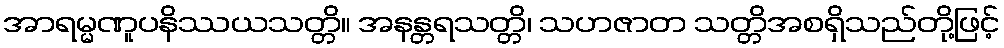
အာရမ္မဏူပနိဿယသတ္တိ။ အနန္တရသတ္တိ၊ သဟဇာတ သတ္တိအစရှိသည်တို့ဖြင့်